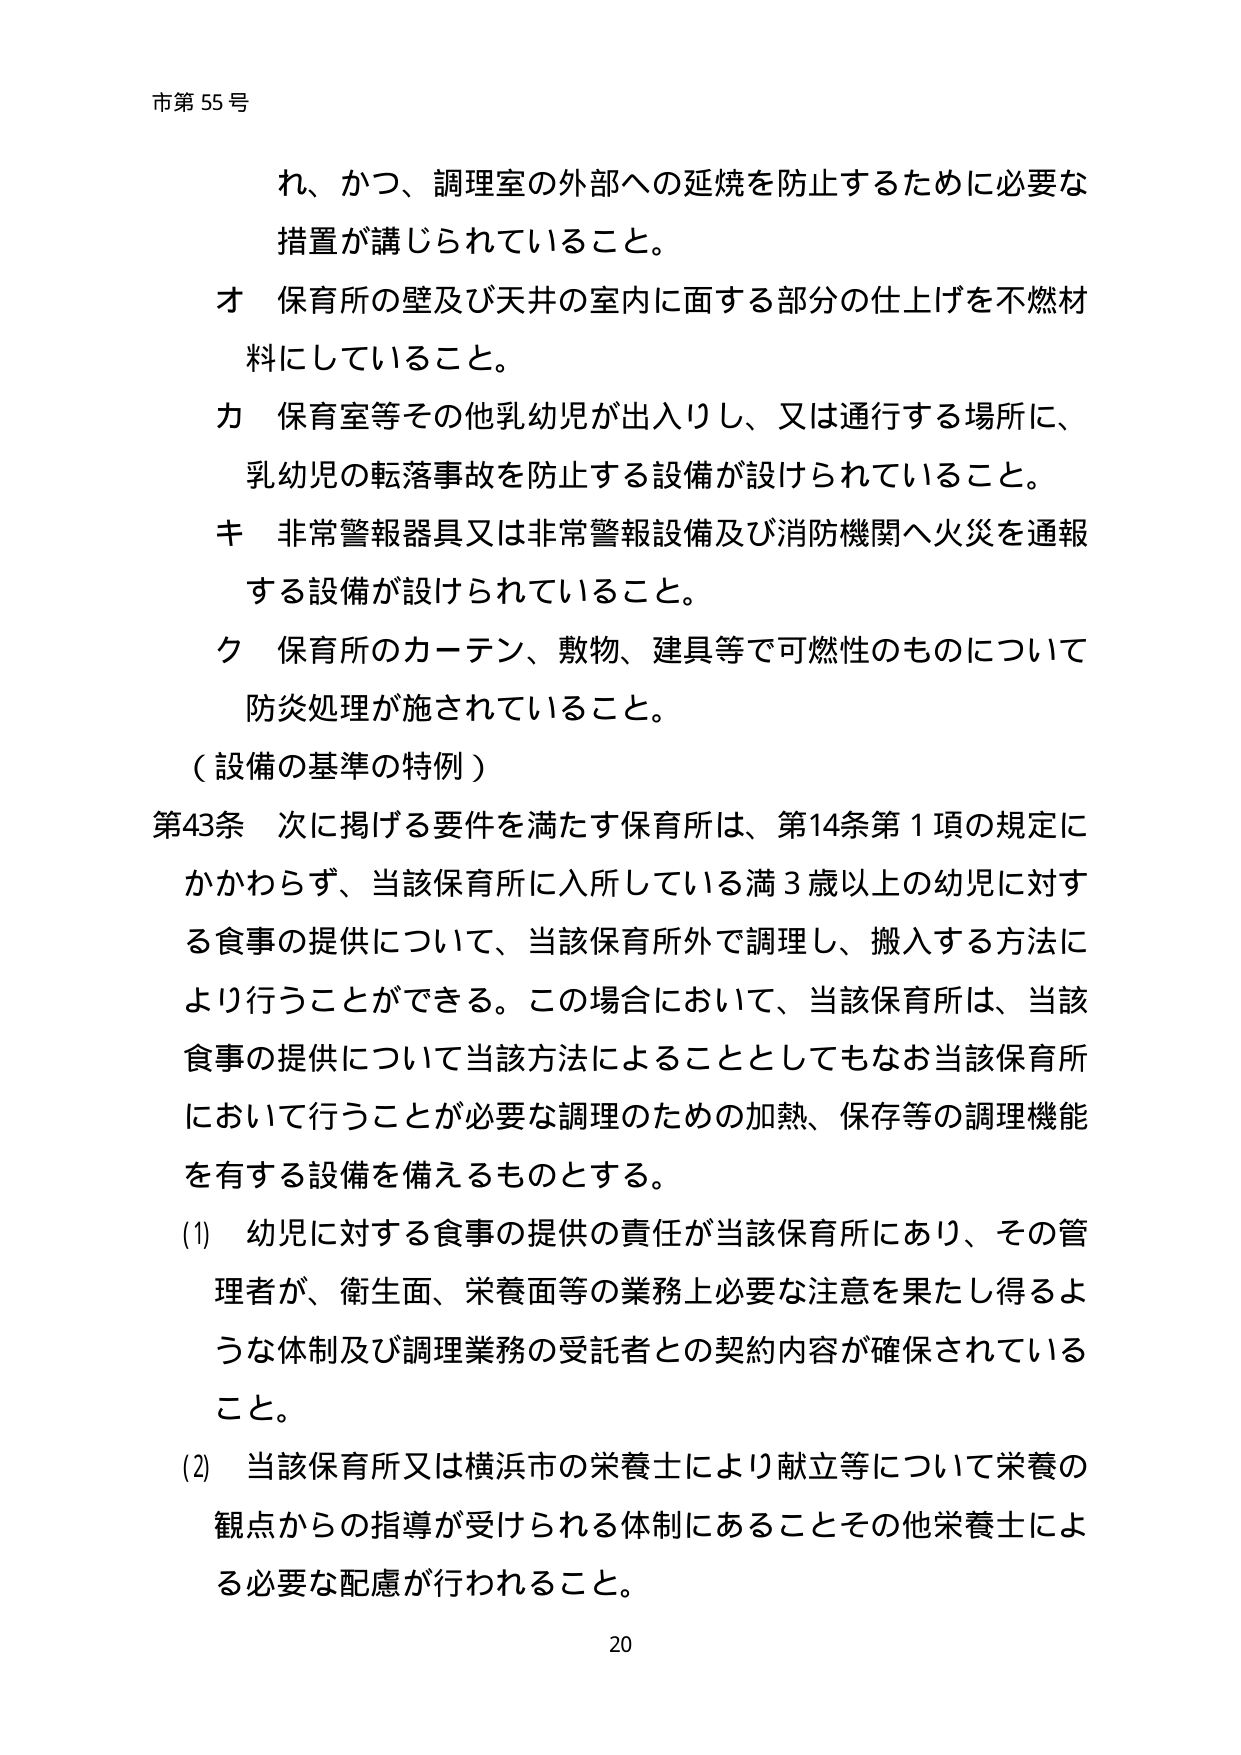
市第55号

れ、かつ、調理室の外部への延焼を防止するために必要な
措置が講じられていること。
オ 保育所の壁及び天井の室内に面する部分の仕上げを不燃材
料にしていること。
カ 保育室等その他乳幼児が出入りし、又は通行する場所に、
乳幼児の転落事故を防止する設備が設けられていること。
キ 非常警報器具又は非常警報設備及び消防機関へ火災を通報
する設備が設けられていること。
ク 保育所のカーテン、敷物、建具等で可燃性のものについて
防炎処理が施されていること。
（設備の基準の特例）
第43条 次に掲げる要件を満たす保育所は、第14条第1項の規定に
かかわらず、当該保育所に入所している満3歳以上の幼児に対す
る食事の提供について、当該保育所外で調理し、搬入する方法に
より行うことができる。この場合において、当該保育所は、当該
食事の提供について当該方法によることとしてもなお当該保育所
において行うことが必要な調理のための加熱、保存等の調理機能
を有する設備を備えるものとする。
(1) 幼児に対する食事の提供の責任が当該保育所にあり、その管
理者が、衛生面、栄養面等の業務上必要な注意を果たし得るよ
うな体制及び調理業務の受託者との契約内容が確保されている
こと。
(2) 当該保育所又は横浜市の栄養士により献立等について栄養の
観点からの指導が受けられる体制にあることその他栄養士によ
る必要な配慮が行われること。
20